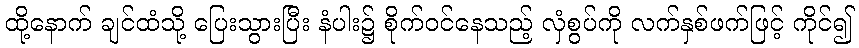
ထို့နောက် ချင်ထံသို့ ပြေးသွားပြီး နံပါး၌ စိုက်ဝင်နေသည့် လှံစွပ်ကို လက်နှစ်ဖက်ဖြင့် ကိုင်၍